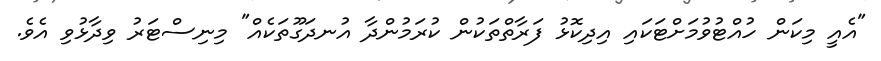
"އެއީ މިކަން ހުއްޓުވުމަށްޓަކައި އިދިކޮޅު ފަރާތްތަކުން ކުރަމުންދާ އުނދަގޫތަކެއް" މިނިސްޓަރު ވިދާޅުވި އެވެ.